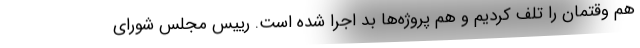
هم وقتمان را تلف کردیم و هم پروژه‌ها بد اجرا شده است. رییس مجلس شورای